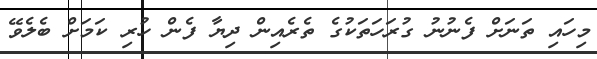
މިހައި ތަނަށް ފެނުނު ގުރަހަތަކުގެ ތެރެއިން ދިޔާ ފެން ހުރި ކަމަށް ބެލެވޭ